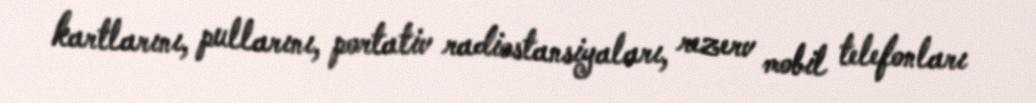
kartlarını, pullarını, portativ radiostansiyaları, rezerv mobil telefonları